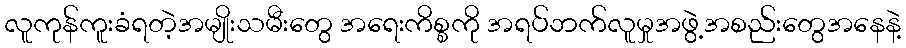
လူကုန်ကူးခံရတဲ့အမျိုးသမီးတွေ အရေးကိစ္စကို အရပ်ဘက်လူမှုအဖွဲ့အစည်းတွေအနေနဲ့